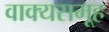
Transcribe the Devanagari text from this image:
वाक्यसमूह